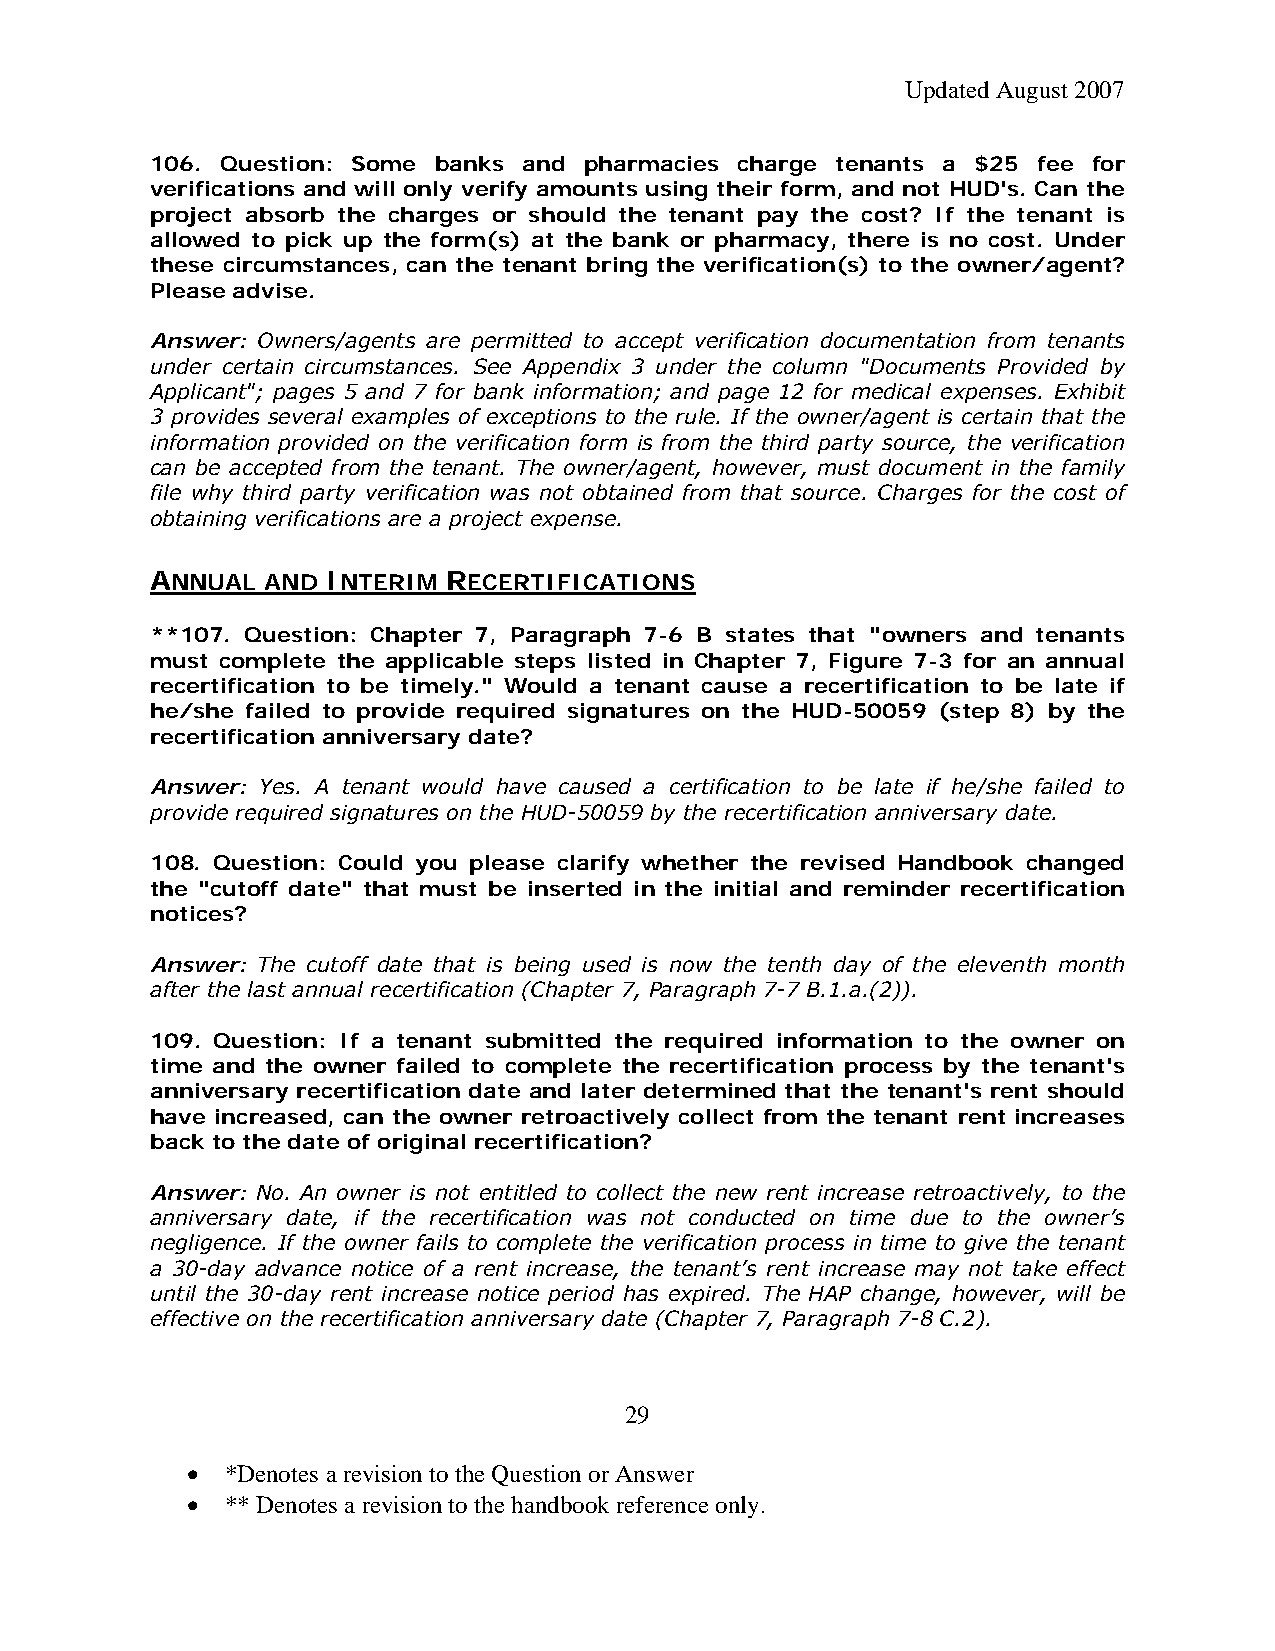
Updated August 2007
 106. Question: Some banks and pharmacies charge tenants a $25 fee for
 verifications and will only verify amounts using their form, and not HUD's. Can the
 project absorb the charges or should the tenant pay the cost? If the tenant is
 allowed to pick up the form(s) at the bank or pharmacy, there is no cost. Under
 these circumstances, can the tenant bring the verification(s) to the owner/agent?
 Please advise.
 Answer: Owners/agents are permitted to accept verification documentation from tenants
 under certain circumstances. See Appendix 3 under the column "Documents Provided by
 Applicant"; pages 5 and 7 for bank information; and page 12 for medical expenses. Exhibit
 3 provides several examples of exceptions to the rule. If the owner/agent is certain that the
 information provided on the verification form is from the third party source, the verification
 can be accepted from the tenant. The owner/agent, however, must document in the family
 file why third party verification was not obtained from that source. Charges for the cost of
 obtaining verifications are a project expense.
 ANNUAL AND  INTERIM RECERTIFICATIONS
 **107. Question: Chapter 7, Paragraph 7-6 B states that "owners and tenants
 must complete the applicable steps listed in Chapter 7, Figure 7-3 for an annual
 recertification to be timely." Would a tenant cause a recertification to be late if
 he/she failed to provide required signatures on the HUD-50059 (step 8) by the
 recertification anniversary date?
 Answer: Yes. A tenant would have caused a certification to be late if he/she failed to
 provide required signatures on the HUD-50059 by the recertification anniversary date.
 108. Question: Could you please clarify whether the revised Handbook changed
 the "cutoff date" that must be inserted in the initial and reminder recertification
 notices?
 Answer: The cutoff date that is being used is now the tenth day of the eleventh month
 after the last annual recertification (Chapter 7, Paragraph 7-7 B.1.a.(2)).
 109. Question: If a tenant submitted the required information to the owner on
 time and the owner failed to complete the recertification process by the tenant's
 anniversary recertification date and later determined that the tenant's rent should
 have increased, can the owner retroactively collect from the tenant rent increases
 back to the date of original recertification?
 Answer: No. An owner is not entitled to collect the new rent increase retroactively, to the
 anniversary date, if the recertification was not conducted on time due to the owner’s
 negligence. If the owner fails to complete the verification process in time to give the tenant
 a 30-day advance notice of a rent increase, the tenant’s rent increase may not take effect
 until the 30-day rent increase notice period has expired. The HAP change, however, will be
 effective on the recertification anniversary date (Chapter 7, Paragraph 7-8 C.2).
 29
 •  *Denotes a revision to the Question or Answer
 •  ** Denotes a revision to the handbook reference only.